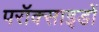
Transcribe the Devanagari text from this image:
परॉक्साइडों